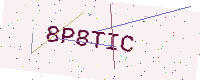
Text: 8P8TIC